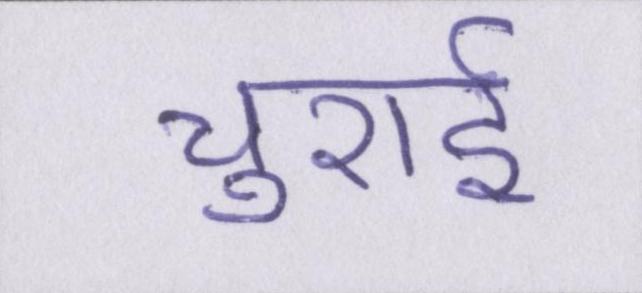
चुराई